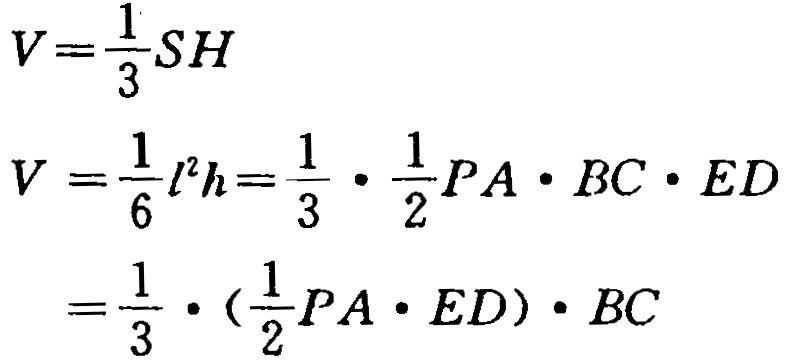
\[

\begin{align*}

V&=\frac{1}{3}SH\\

V&=\frac{1}{6}l^{2}h = \frac{1}{3}\cdot\frac{1}{2}PA\cdot BC\cdot ED\\

&=\frac{1}{3}\cdot(\frac{1}{2}PA\cdot ED)\cdot BC

\end{align*}

\]